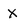
Character: X